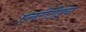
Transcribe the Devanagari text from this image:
एलटीटीईचा